On kala azar, malaria and malarial cachexia - Number 19
Disease focus: Malaria
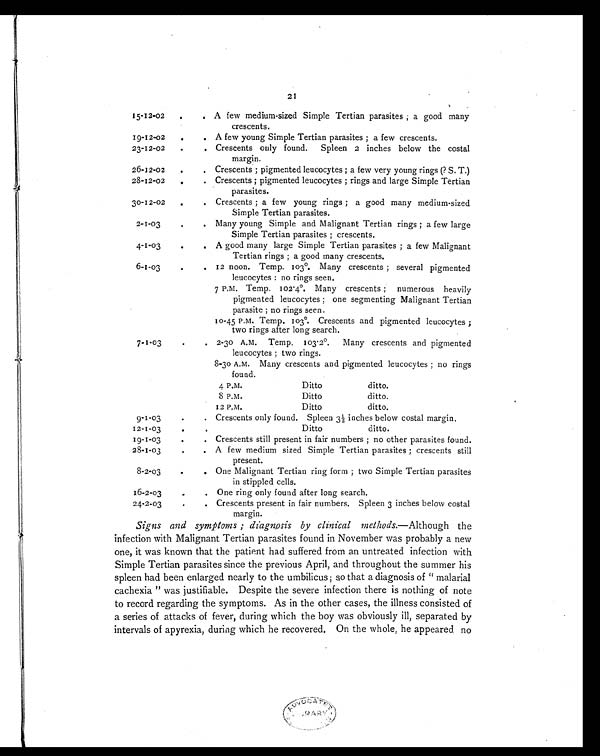
21
15-12-02
.
. A few medium-sized Simple Tertian parasites ; a good many
crescents.
19-12-02
.
. A few young Simple Tertian parasites ; a few crescents.
23-12-02
.
. Crescents only found.
Spleen 2 inches below the costal
margin.
26-12-02
.
. Crescents ; pigmented leucocytes ; a few very young rings (? S. T.)
28-12-02
.
. Crescents ; pigmented leucocytes ; rings and large Simple Tertian
parasites.
30-12-02
.
. Crescents ; a few young rings ; a good many medium-sized
Simple Tertian parasites.
2-1-03
.
. Many young Simple and Malignant Tertian rings ; a few large
Simple Tertian parasites ; crescents.
4-1-03
.
.
A good many large Simple Tertian parasites ; a few Malignant
Tertian rings ; a good many crescents.
6-1-03
.
. 12 noon. Temp. 103°. Many crescents ; several pigmented
leucocytes : no rings seen.
7 P.M. Temp. 102 . 4°. Many crescents ;
numerous heavily
pigmented leucocytes ; one segmenting Malignant Tertian
parasite ; no rings seen.
10-45 P.M. Temp. 103°. Crescents and pigmented leucocytes ;
two rings after long search.
7-1-03
.
. 2-30 A.M.
Temp. 1.3 . 2°.
Many crescents and pigmented
leucocytes ; two rings.
8-30 A.M.
Many crescents and pigmented leucocytes ; no rings
found.
4 P.M.
8 P.M.
12 P.M.
Ditto
Ditto
Ditto
ditto.
ditto.
ditto.
9-1-03
.
. Crescents only found. Spleen 3½ inches below costal margin.
12-1-03
.
.
Ditto
ditto.
19-1-03
.
. Crescents still present in fair numbers ; no other parasites found.
28-1-03
.
. A few medium sized Simple Tertian parasites ; crescents still
present.
8-2-03
.
. One Malignant Tertian ring form ; two Simple Tertian parasites
in stippled cells.
16-2-03
.
. One ring only found after long search.
24-2-03
.
. Crescents present in fair numbers. Spleen 3 inches below costal
margin.
Signs and symptoms ; diagnosis by clinical methods.—Although the
infection with Malignant Tertian parasites found in November was probably a new
one, it was known that the patient had suffered from an untreated infection with
Simple Tertian parasites since the previous April, and throughout the summer his
spleen had been enlarged nearly to the umbilicus ; so that a diagnosis of " malarial
cachexia " was justifiable. Despite the severe infection there is nothing of note
to record regarding the symptoms. As in the other cases, the illness consisted of
a series of attacks of fever, during which the boy was obviously ill, separated by
intervals of apyrexia, during which he recovered. On the whole, he appeared noss